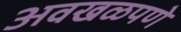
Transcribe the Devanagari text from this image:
अवखळपणे